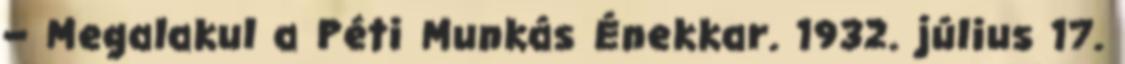
– Megalakul a Péti Munkás Énekkar. 1932. július 17.